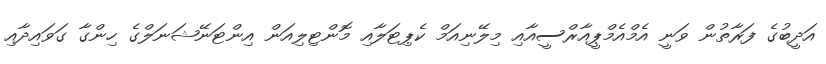
އަދީބުގެ ފަރާތުން ވަނީ އެމްއެމްޕީއާރްސީއާއި މިލޭނިއަމް ކެޕިޓަލާއި މޮންޓިލިއަން އިންޓަނޭޝަނަލްގެ ހިންގާ ގަވައިދާއި